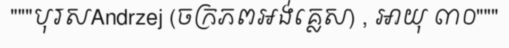
"""បុរសAndrzej (ចក្រភពអង់គ្លេស) , អាយុ ៣០"""